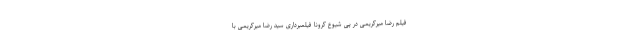
فیلم رضا میرکریمی در پی شیوع کرونا فیلمبرداری سید رضا میرکریمی با